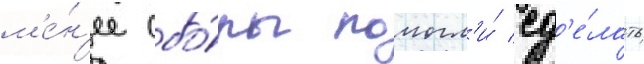
м'е́н'ее сбо́ры помогл'и́ сд'е́лать